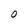
Character: O